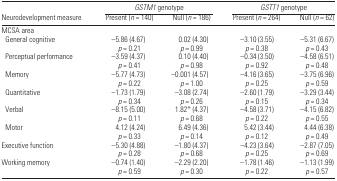
<table><thead><tr><td></td><td colspan="2"><b><i>GSTM1</i> genotype</b></td><td colspan="2"><b><i>GSTT1</i> genotype</b></td></tr><tr><td><b>Neurodevelopment measure</b></td><td><b>Present (<i>n</i> = 140)</b></td><td><b>Null (<i>n</i> = 186)</b></td><td><b>Present (<i>n</i> = 264)</b></td><td><b>Null (<i>n</i> = 62)</b></td></tr></thead><tbody><tr><td colspan="5">MCSA area</td></tr><tr><td> General cognitive</td><td>−5.86 (4.67) <i>p</i> = 0.21</td><td>0.02 (4.30) <i>p</i> = 0.99</td><td>−3.10 (3.55) <i>p</i> = 0.38</td><td>−5.31 (6.67) <i>p</i> = 0.43</td></tr><tr><td> Perceptual performance</td><td>−3.59 (4.37) <i>p</i> = 0.41</td><td>0.10 (4.40) <i>p</i> = 0.98</td><td>−0.34 (3.50) <i>p</i> = 0.92</td><td>−4.58 (6.51) <i>p</i> = 0.48</td></tr><tr><td> Memory</td><td>−5.77 (4.73) <i>p</i> = 0.22</td><td>−0.001 (4.57) <i>p</i> = 1.00</td><td>−4.16 (3.65) <i>p</i> = 0.25</td><td>−3.75 (6.96) <i>p</i> = 0.59</td></tr><tr><td> Quantitative</td><td>−1.73 (1.79) <i>p</i> = 0.34</td><td>−3.08 (2.74) <i>p</i> = 0.26</td><td>−2.60 (1.79) <i>p</i> = 0.15</td><td>−3.29 (3.44) <i>p</i> = 0.34</td></tr><tr><td> Verbal</td><td>−8.15 (5.00) <i>p</i> = 0.11</td><td>1.82* (4.37) <i>p</i> = 0.68</td><td>−4.58 (3.71) <i>p</i> = 0.22</td><td>−4.15 (6.82) <i>p</i> = 0.55</td></tr><tr><td> Motor</td><td>4.12 (4.24) <i>p</i> = 0.33</td><td>6.49 (4.36) <i>p</i> = 0.14</td><td>5.42 (3.44) <i>p</i> = 0.12</td><td>4.44 (6.38) <i>p</i> = 0.49</td></tr><tr><td> Executive function</td><td>−5.30 (4.88) <i>p</i> = 0.28</td><td>−1.80 (4.37) <i>p</i> = 0.68</td><td>−4.23 (3.64) <i>p</i> = 0.25</td><td>−2.87 (7.05) <i>p</i> = 0.69</td></tr><tr><td> Working memory</td><td>−0.74 (1.40) <i>p</i> = 0.59</td><td>−2.29 (2.20) <i>p</i> = 0.30</td><td>−1.78 (1.46) <i>p</i> = 0.22</td><td>−1.13 (1.99) <i>p</i> = 0.57</td></tr></tbody></table>